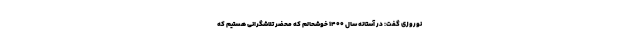
نوروزی گفت: در آستانه سال ۱۴۰۰ خوشحالم که محضر تلاشگرانی هستیم که